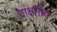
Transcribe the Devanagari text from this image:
वांक्षनीय